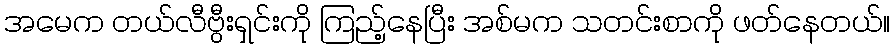
အမေက တယ်လီဗွီးရှင်းကို ကြည့်နေပြီး အစ်မက သတင်းစာကို ဖတ်နေတယ်။